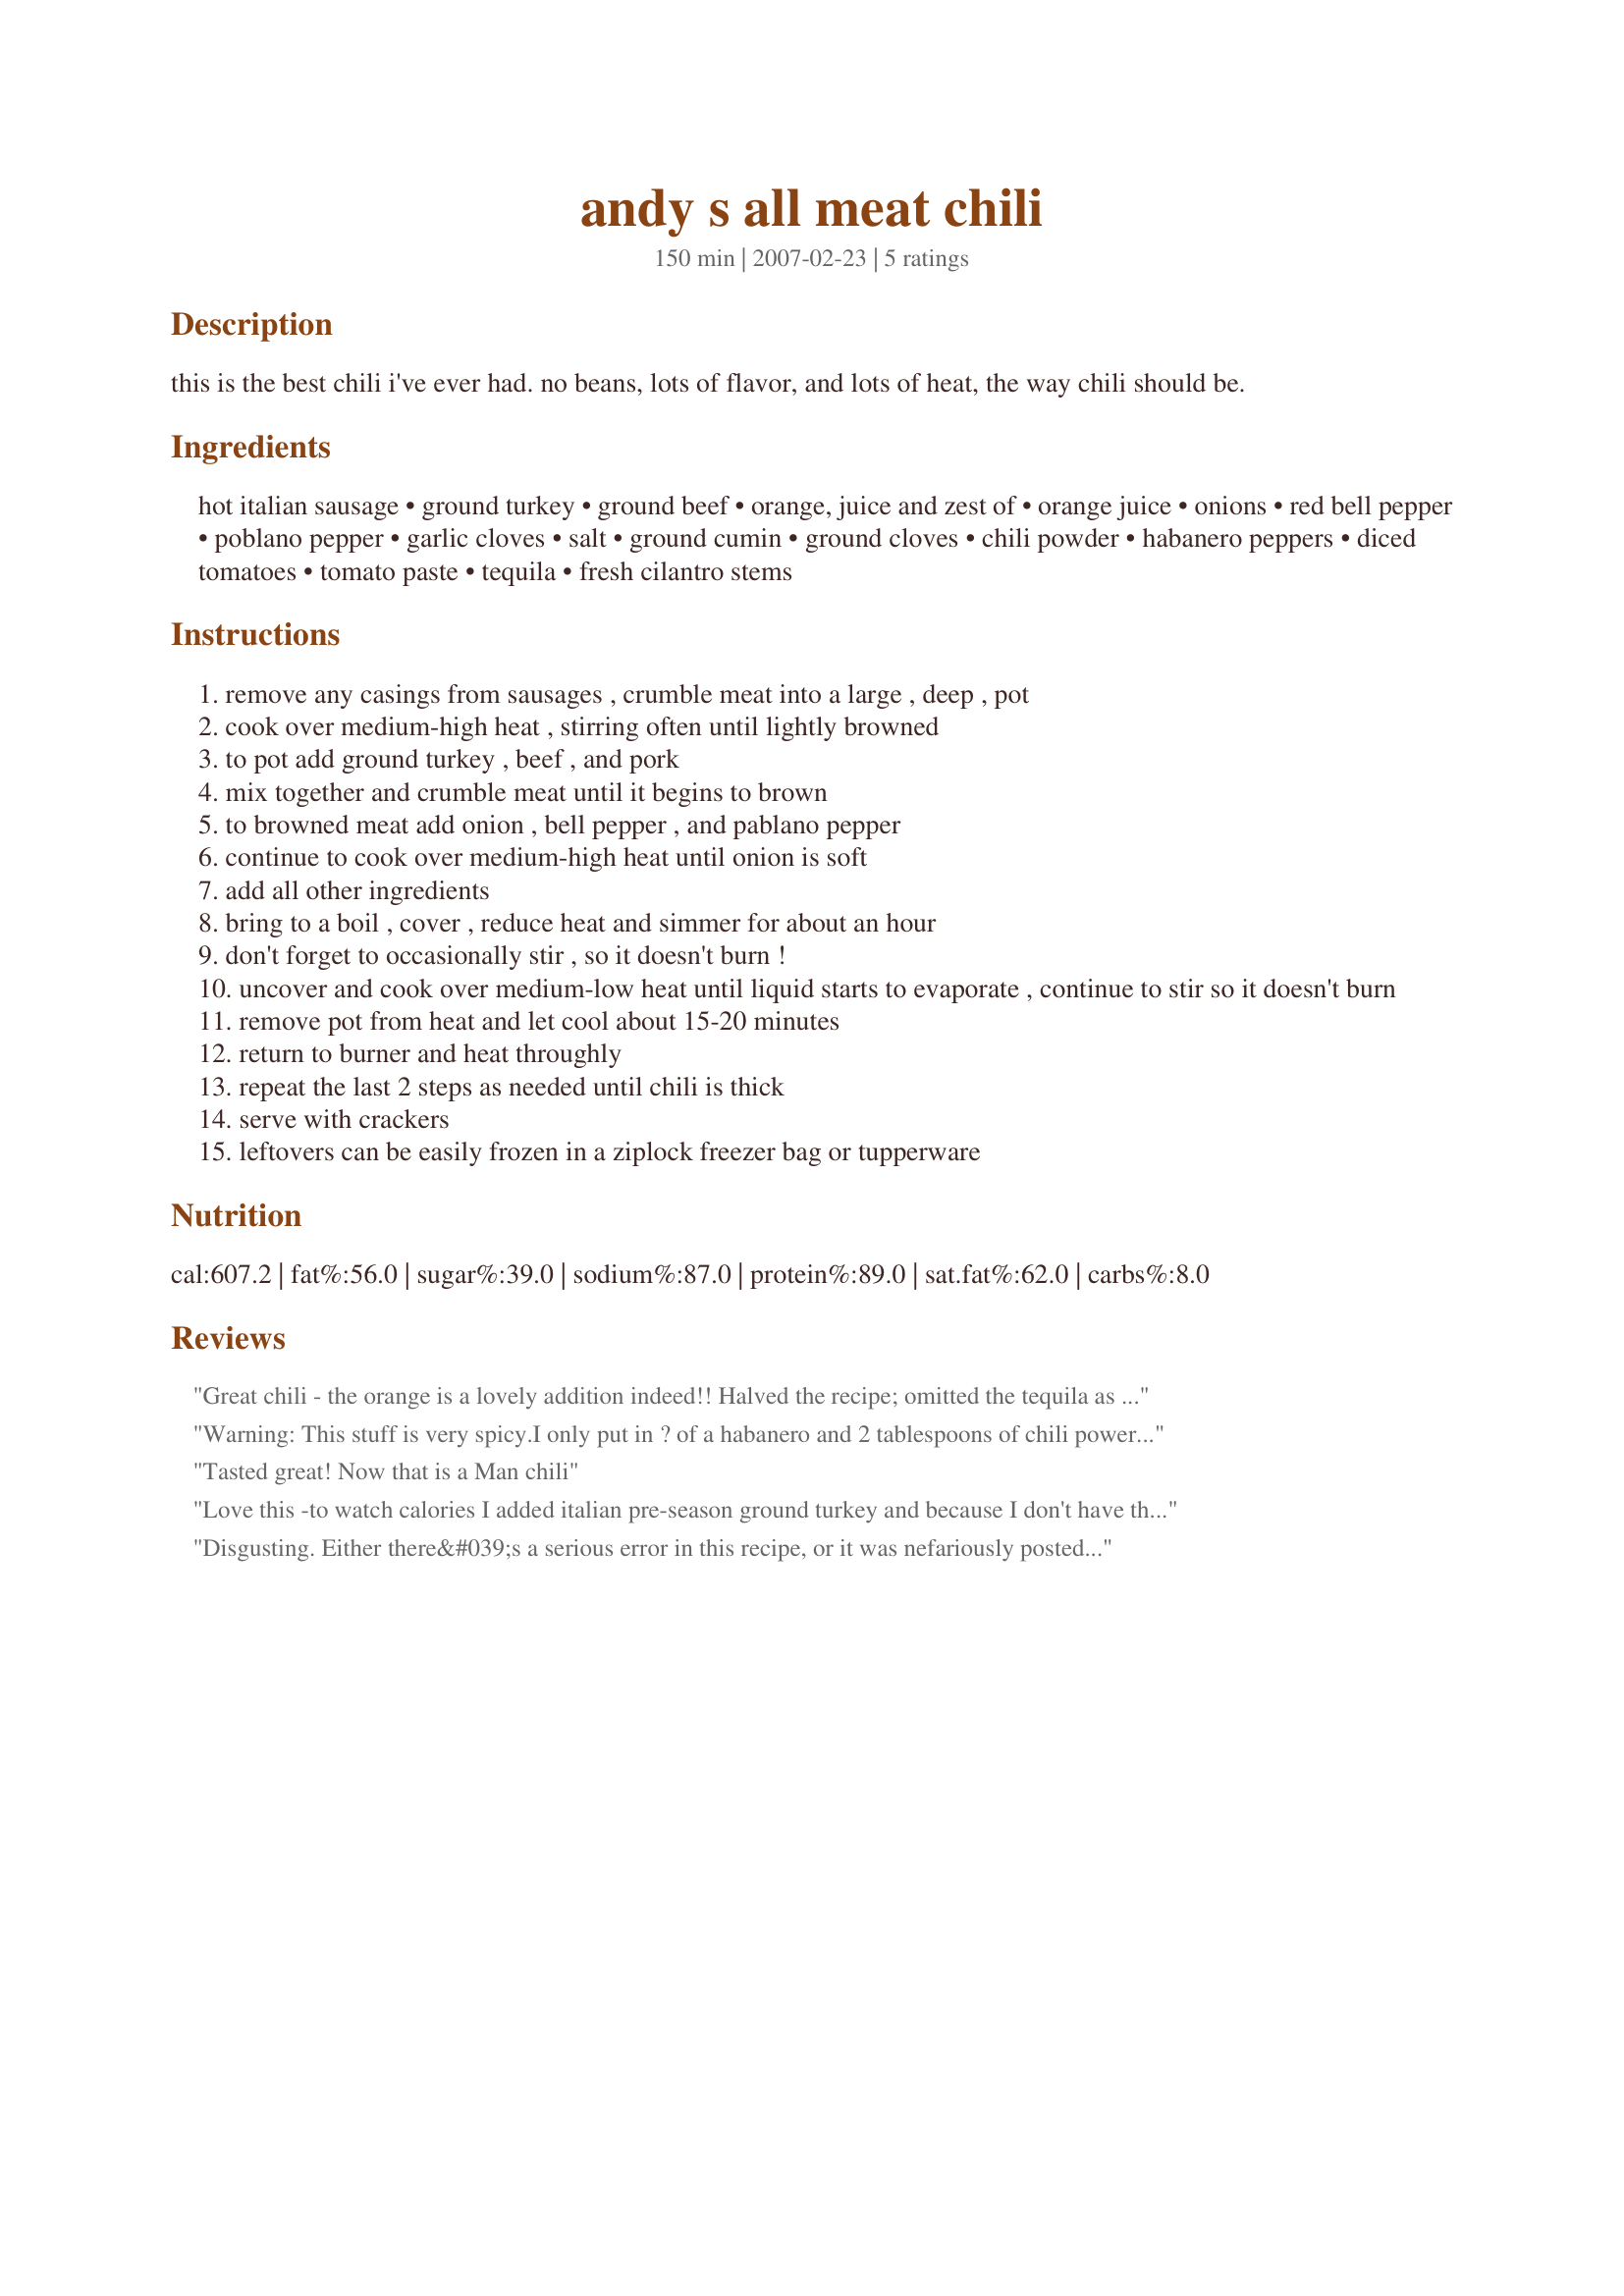
andy s all meat chili
Preparation time: 150 minutes

this is the best chili i've ever had. no beans, lots of flavor, and lots of heat, the way chili should be.

Ingredients:
hot italian sausage, ground turkey, ground beef, orange, juice and zest of, orange juice, onions, red bell pepper, poblano pepper, garlic cloves, salt, ground cumin, ground cloves, chili powder, habanero peppers, diced tomatoes, tomato paste, tequila, fresh cilantro stems

Steps:
remove any casings from sausages , crumble meat into a large , deep , pot
cook over medium-high heat , stirring often until lightly browned
to pot add ground turkey , beef , and pork
mix together and crumble meat until it begins to brown
to browned meat add onion , bell pepper , and pablano pepper
continue to cook over medium-high heat until onion is soft
add all other ingredients
bring to a boil , cover , reduce heat and simmer for about an hour
don't forget to occasionally stir , so it doesn't burn !
uncover and cook over medium-low heat until liquid starts to evaporate , continue to stir so it doesn't burn
remove pot from heat and let cool about 15-20 minutes
return to burner and heat throughly
repeat the last 2 steps as needed until chili is thick
serve with crackers
leftovers can be easily frozen in a ziplock freezer bag or tupperware

Reviews:
Great chili - the orange is a lovely addition indeed!! Halved the recipe; omitted the tequila as I didn't have any and topped this with a whole lot of fresh cilantro as I love the stuff! Next time I think I'll use chopped beef instead of ground: with all the ground meat in this is a bit mushy and I'd like a bit more texture, so to speak. Really enjoyed this, thank you!
Warning: This stuff is very spicy.<br/>I only put in ? of a habanero and 2 tablespoons of chili power, and it was still too hot in my opinion, and I like spicy food.<br/>If you%u2019re going to try this, I suggest first putting in ? of a habanero and 1 tablespoon of chili power. If it%u2019s too mild for you, then you can always up the heat next time.
Tasted great!
Now that is a Man chili
Love this -to watch calories I added italian pre-season ground turkey and because I don't have the greatest meat market close to us to get decent sausage
Big fan - questioned the orange but it was awesome.
We both liked it. -thanks
Disgusting. Either there&#039;s a serious error in this recipe, or it was nefariously posted just to cause you to waste 3 pounds of meat. The addition of 3 Tablespoons of cloves overpowers the recipe and ruins it. And, once those cloves are in there, there&#039;s nothing you can do to get them back out again. Even skipping the cloves, there is so much heat that most people aren&#039;t going to like it. Don&#039;t make this recipe unless you&#039;re prepared to enter a fraction of each of the spices and then only increase gradually, tasting each time.
